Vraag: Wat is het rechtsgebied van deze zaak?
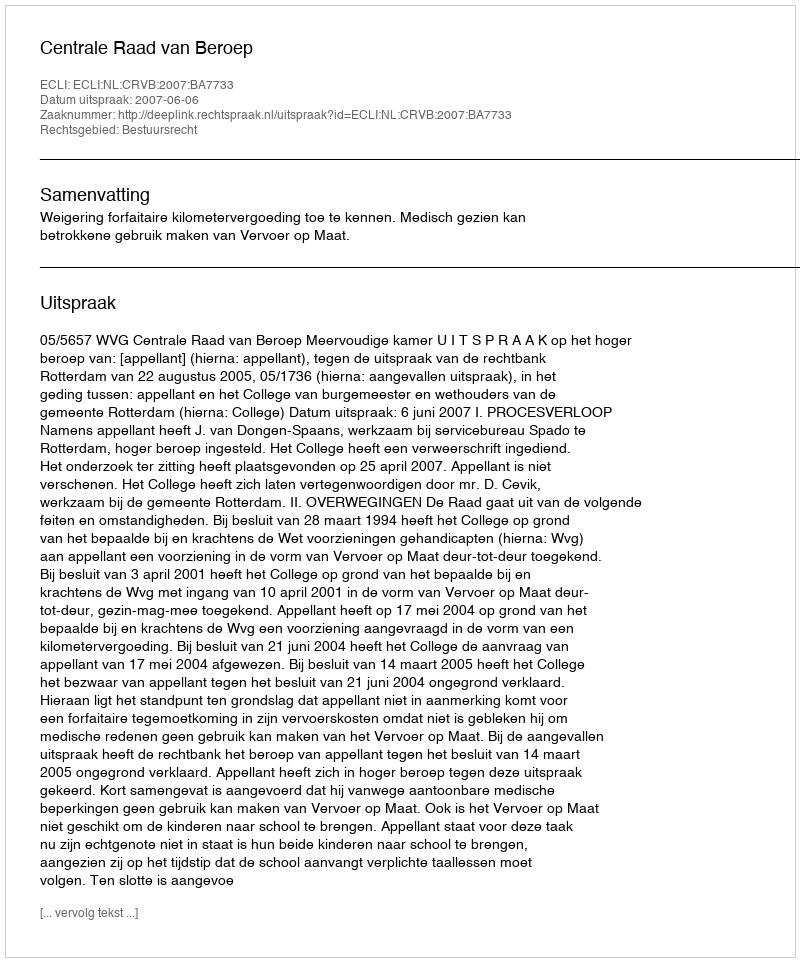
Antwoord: Bestuursrecht